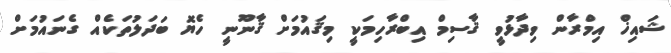
ޝައިޚް އިމްރާން ވިދާޅުވީ ޤާސިމް އިބްރާހިމަކީ މިޤައުމަށް ޤާނޫނީ ހެޔޮ ބަދަލުތަކެއް ގެނައުމަށް